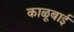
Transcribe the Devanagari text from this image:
काळूबाई